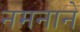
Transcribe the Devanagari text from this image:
नमनाने